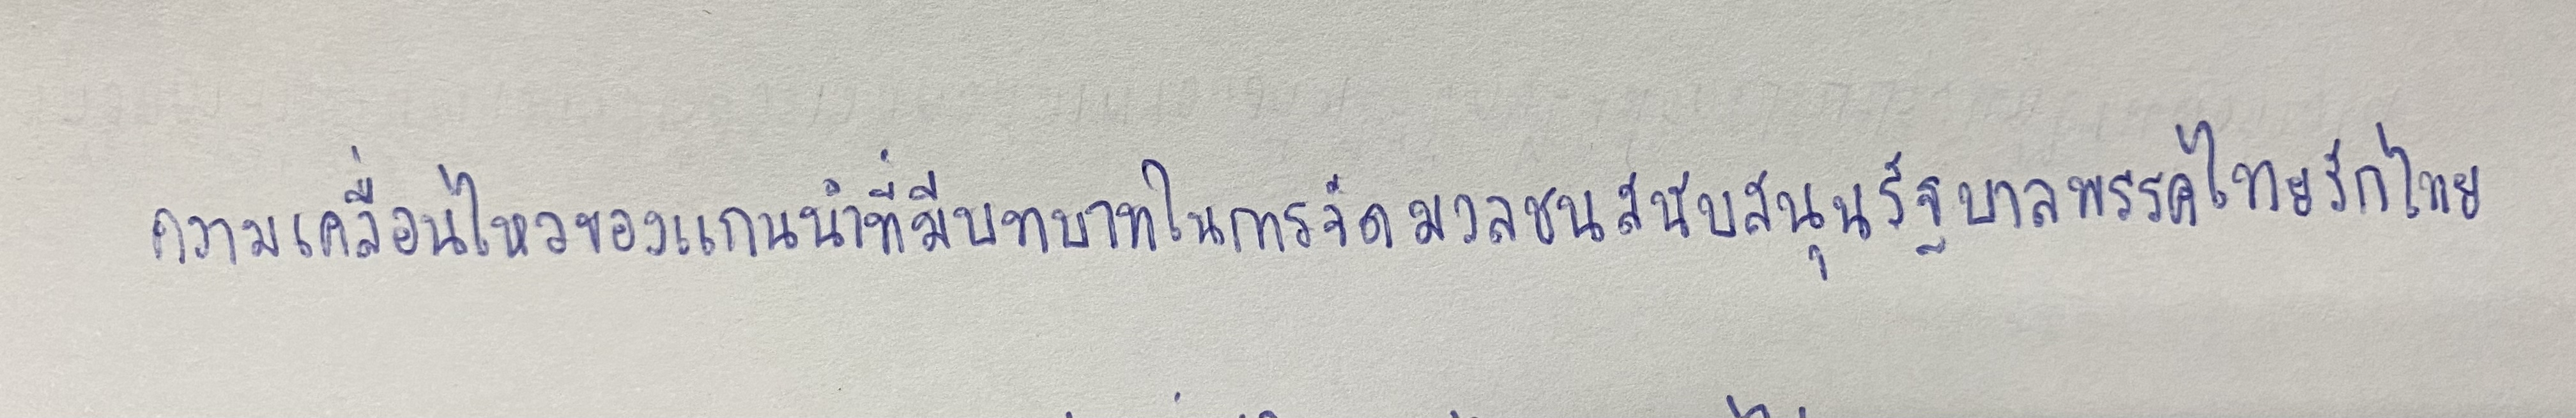
ความเคลื่อนไหวของแกนนำที่มีบทบาทในการจัดมวลชนสนับสนุนรัฐบาลพรรคไทยรักไทย